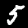
Digit: 5